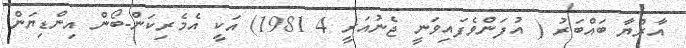
އާރްޔާ ބައްބަރު ( އުފަންވެފައިވަނީ ޖެނުއަރީ 4 1981) އަކީ އެމެރިކަން-ބޯން އިންޑިޔަން